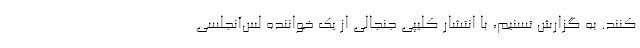
کنند. به گزارش تسنیم، با انتشار کلیپی جنجالی از یک خواننده لس‌آنجلسی